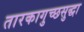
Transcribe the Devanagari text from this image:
तारकागुच्छसुद्धा